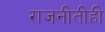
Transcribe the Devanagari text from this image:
राजनीतीही